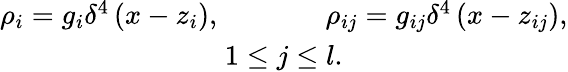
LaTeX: \begin{array}{c}{{\rho_{i}=g_{i}\delta^{4}\left(x-z_{i}\right),\, \, \, \, \, \, \, \, \, \, \, \, \, \, \, \, \, \, \, \, \, \, \rho_{ij}=g_{ij}\delta^{4}\left(x-z_{ij}\right),}}\\ {{1\leq j\leq l.}}\end{array}